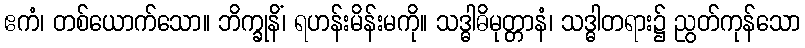
ဧကံ၊ တစ်ယောက်သော။ ဘိက္ခုနိံ၊ ရဟန်းမိန်းမကို။ သဒ္ဓါဓိမုတ္တာနံ၊ သဒ္ဓါတရား၌ ညွတ်ကုန်သော